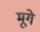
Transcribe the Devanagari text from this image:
मूगे